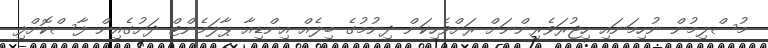
މުސްލިމުން ނުހިމަނައި ހިޖުރަވެރިންނަށް ރަށްވެހިކަން ދިނުމުގެ ބިލެއް އިންޑިއާ ޕާލަމެންޓް ދަށުގެއިން ފާސްކޮށްފި